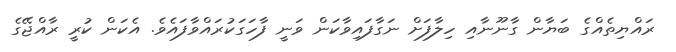
ރައްޔިތެއްގެ ބަޔާން ގާނޫނާއި ހިލާފަށް ނަގާފައިވާކަން ވަނީ ފާހަގަކުރައްވާފައެވެ. އެކަން ކުރީ ރާއްޖޭގެ